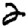
Digit: 2